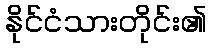
နိုင်ငံသားတိုင်း၏